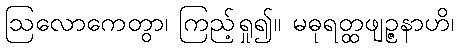
ဩလောကေတွာ၊ ကြည့်ရှု၍။ မဓုရတ္ထဖျဉ္ဇနာဟိ၊